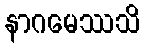
နာဂမေဿသိ